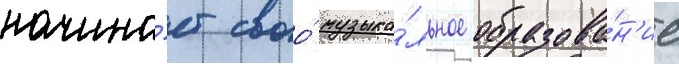
начина́ет своо́ музыка́льное образова́н'ие